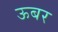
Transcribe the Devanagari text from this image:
ऊबर